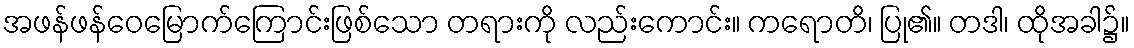
အဖန်ဖန်ဝေမြောက်ကြောင်းဖြစ်သော တရားကို လည်းကောင်း။ ကရောတိ၊ ပြု၏။ တဒါ၊ ထိုအခါ၌။